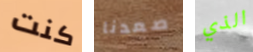
كنت صعدنا الذي